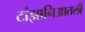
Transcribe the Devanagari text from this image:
टांझानिआतली